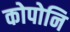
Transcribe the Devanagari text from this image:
कोपोनि